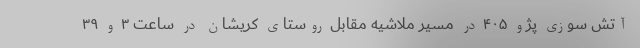
آتش سوزی پژو ۴۰۵ در مسیر ملاشیه مقابل روستای کریشان در ساعت ۳ و ۳۹